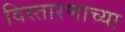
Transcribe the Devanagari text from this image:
विस्तारणाच्या